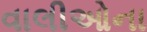
વાલીઓના